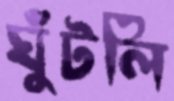
ঘুঁটলি